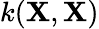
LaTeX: k(\textbf{X},\textbf{X})